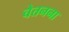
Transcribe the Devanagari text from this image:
चेतनना